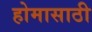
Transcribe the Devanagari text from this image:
होमासाठी